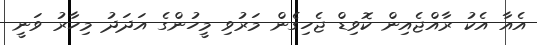
އެއާ އެކު ރާއްޖެއިން ކޮވިޑް ޖެހިގެން މަރުވި މީހުންގެ އަދަދު މިހާރު ވަނީ